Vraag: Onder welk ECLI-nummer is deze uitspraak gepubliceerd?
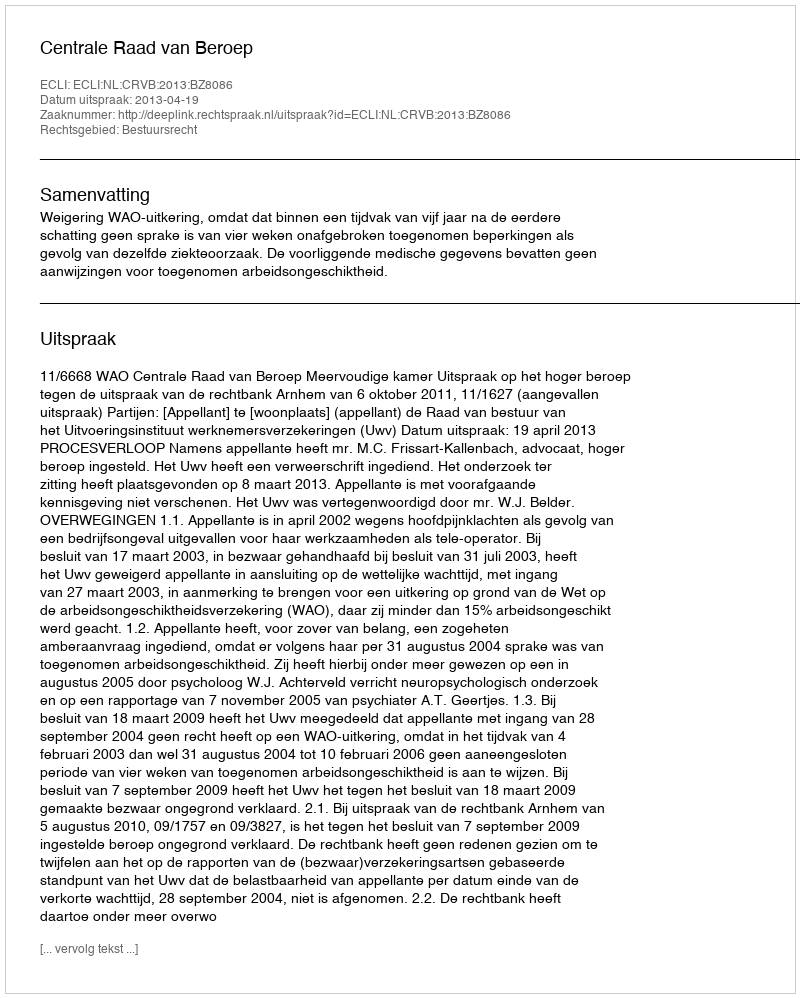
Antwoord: ECLI:NL:CRVB:2013:BZ8086